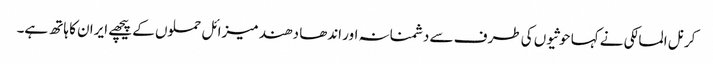
کرنل المالکی نے کہا حوثیوں کی طرف سے دشمنانہ اور اندھا دھند میزائل حملوں کے پیچھے ایران کا ہاتھ ہے۔